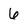
Character: 6